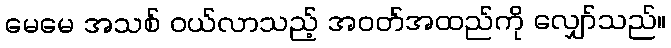
မေမေ အသစ် ဝယ်လာသည့် အဝတ်အထည်ကို လျှော်သည်။